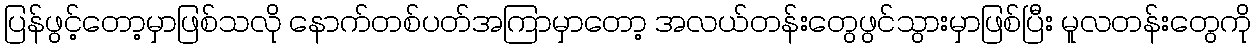
ပြန်ဖွင့်တော့မှာဖြစ်သလို နောက်တစ်ပတ်အကြာမှာတော့ အလယ်တန်းတွေဖွင်သွားမှာဖြစ်ပြီး မူလတန်းတွေကို